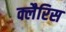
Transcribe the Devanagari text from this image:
क्लैरिस